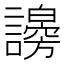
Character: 𧭇